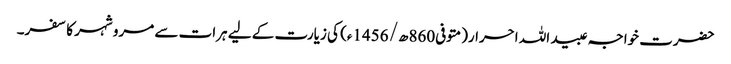
حضرت خواجہ عبید اللہ احرار(متوفی860ھ/ 1456ء) کی زیارت کے لیے ہرات سے مرو شہر کا سفر۔